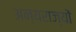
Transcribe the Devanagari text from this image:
अन्यराज्यों